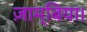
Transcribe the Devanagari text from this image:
ज़ाम्बिया।